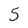
Character: 5